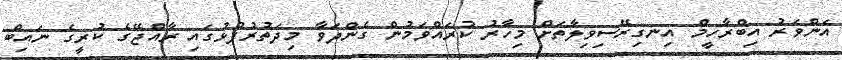
އަންވަރު އިބްރާހީމް އިނގިރޭސިވިލާތަށް މިހާރު ކުރައްވަމުން ގެންދަވާ މިދަތުރުފުޅުގައި ރާއްޖޭގެ ކުރީގެ ނައިބް